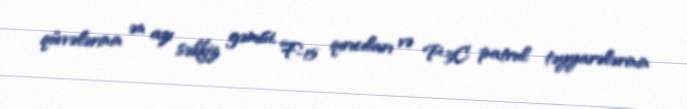
qüvvələrinin ən azı səkkiz gəmisi, F-15 qırıcıları və P-3C patrul təyyarələrinin